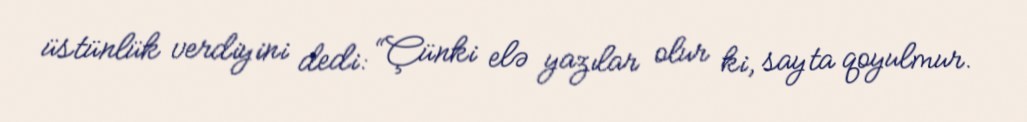
üstünlük verdiyini dedi: “Çünki elə yazılar olur ki, sayta qoyulmur.